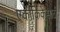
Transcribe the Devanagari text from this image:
एकांकिकेसाठी